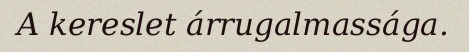
A kereslet árrugalmassága.